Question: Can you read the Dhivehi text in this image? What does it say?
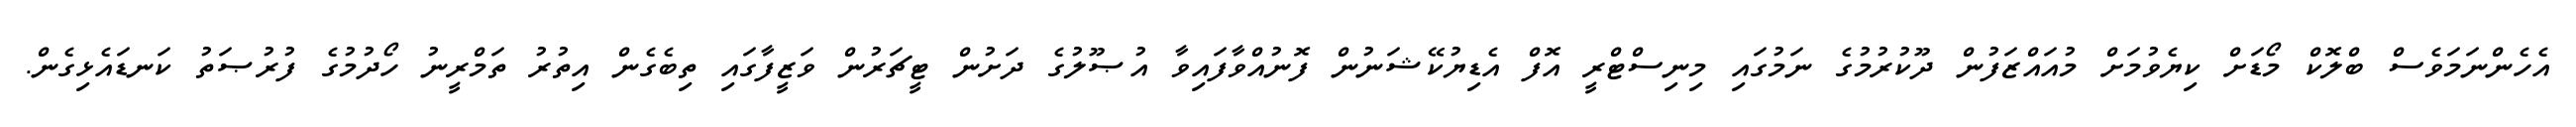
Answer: އެހެންނަމަވެސް ބްލޮކް މޯޑަށް ކިޔެވުމަށް މުއައްޒަފުން ދޫކުރުމުގެ ނަމުގައި މިނިސްޓްރީ އޮފް އެޑިޔުކޭޝަނުން ފޮނުއްވާފައިވާ އުޞޫލުގެ ދަށުން ޓީޗަރުން ވަޒީފާގައި ތިބެގެން އިތުރު ތަމްރީނު ހޯދުމުގެ ފުރުޞަތު ކަނޑައެޅިގެން.